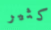
كثير